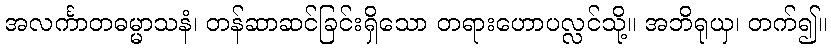
အလင်္ကာတဓမ္မာသနံ၊ တန်ဆာဆင်ခြင်းရှိသော တရားဟောပလ္လင်သို့။ အဘိရုယှ၊ တက်၍။